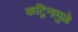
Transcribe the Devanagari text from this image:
कट्रिनामुळे